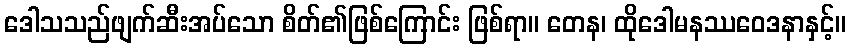
ဒေါသသည်ဖျက်ဆီးအပ်သော စိတ်၏ဖြစ်ကြောင်း ဖြစ်ရာ။ တေန၊ ထိုဒေါမနဿဝေဒနာနှင့်။